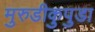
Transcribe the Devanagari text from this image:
मुरुडीकुपुडा